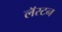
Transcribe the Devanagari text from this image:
लॅरटन